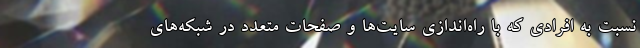
نسبت به افرادی که با راه‌اندازی سایت‌ها و صفحات متعدد در شبکه‌های